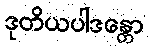
ဒုတိယပါဒန္တော